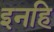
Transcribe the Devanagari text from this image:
इनहि